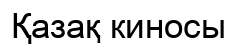
Қазақ киносы